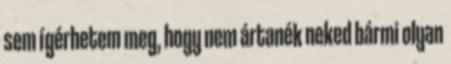
sem ígérhetem meg, hogy nem ártanék neked bármi olyan